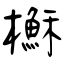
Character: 櫯